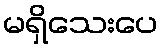
မရှိသေးပေ